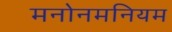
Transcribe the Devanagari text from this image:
मनोनमनियम